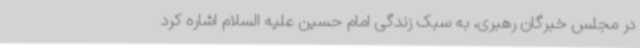
در مجلس خبرگان رهبری، به سبک زندگی امام حسین علیه السلام اشاره کرد